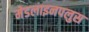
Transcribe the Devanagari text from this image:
मेडलाइनपलुस